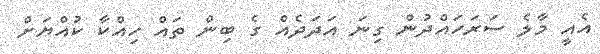
އެއީ މާލެ ސަރަހައްދުން ގިނަ އަދަދެއް ގެ ބިން ތައް ހިއްކާ ކުއްޔަށް